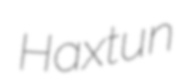
Haxtun